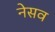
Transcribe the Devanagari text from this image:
नेसव